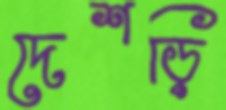
দেশড়ি